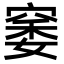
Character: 䆧